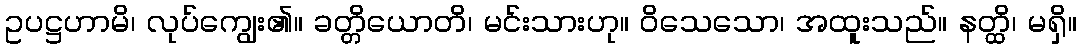
ဥပဋ္ဌဟာမိ၊ လုပ်ကျွေး၏။ ခတ္တိယောတိ၊ မင်းသားဟု။ ဝိသေသော၊ အထူးသည်။ နတ္ထိ၊ မရှိ။